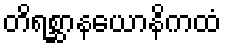
တိရစ္ဆာနယောနိကထံ